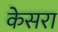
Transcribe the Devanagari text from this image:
केसरा